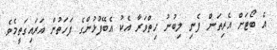
އެ ބޯޓަށް އެރިތަން ފެނި ލިބުނު ހިތްވަރާ އެކު އެބޭފުޅުންގެ ފަހަތުން އަރައިގަތީމެވެ.